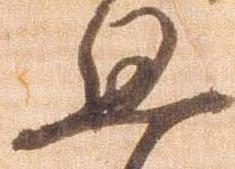
思